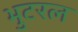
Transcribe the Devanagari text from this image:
भुटरल